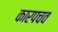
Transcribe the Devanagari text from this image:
कारपचव